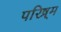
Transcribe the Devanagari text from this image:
परिष्र्म